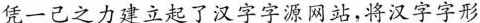
凭一己之力建立起了汉字字源网站，将汉字字形